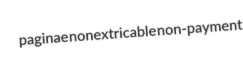
paginae nonextricable non-payment